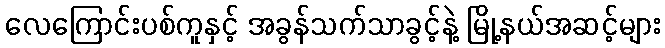
လေကြောင်းပစ်ကူနှင့် အခွန်သက်သာခွင့်နဲ့ မြို့နယ်အဆင့်များ